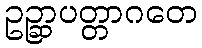
ဥဉ္ဆာပတ္တာဂတေ